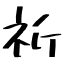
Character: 祈